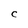
Character: C